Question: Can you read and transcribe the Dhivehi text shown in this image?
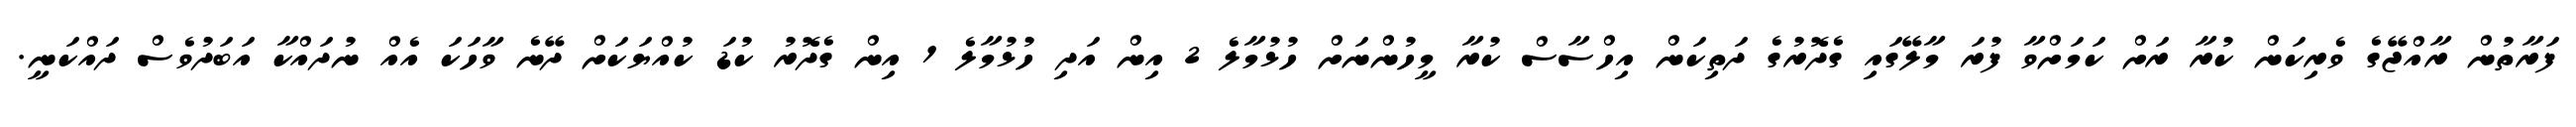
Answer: ފަރާތުން ރާއްޖޭގެ ވެރިކަން ކުރާ ރަށް ކަމަށްވާ ފުރަ މާލޭގައި ގެދޮރުގެ ދަތިކަން އިހްސާސް ކުރާ މީހުންނަށް ހުޅުމާލެ 2 އިން އަދި ހުޅުމާލެ 1 އިން ގެދޮރު ކުޑަ ކުއްޔަކަށް ދޭނެ ވާހަކަ އެއް ނުދައްކާ އަބަދުވެސް ދައްކަނީ.